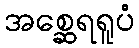
အစ္ဆေရရူပံ